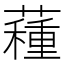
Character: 𧀑